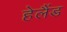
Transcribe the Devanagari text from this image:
हेलैंड